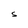
Character: S